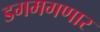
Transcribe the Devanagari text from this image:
डगमगणार